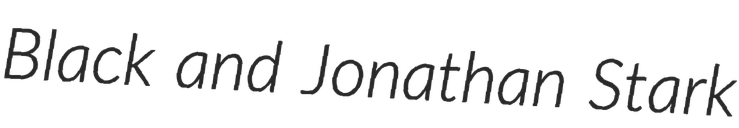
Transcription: Black and Jonathan Stark